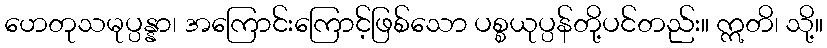
ဟေတုသမုပ္ပန္နာ၊ အကြောင်းကြောင့်ဖြစ်သော ပစ္စယုပ္ပန်တို့ပင်တည်း။ ဣတိ၊ သို့။